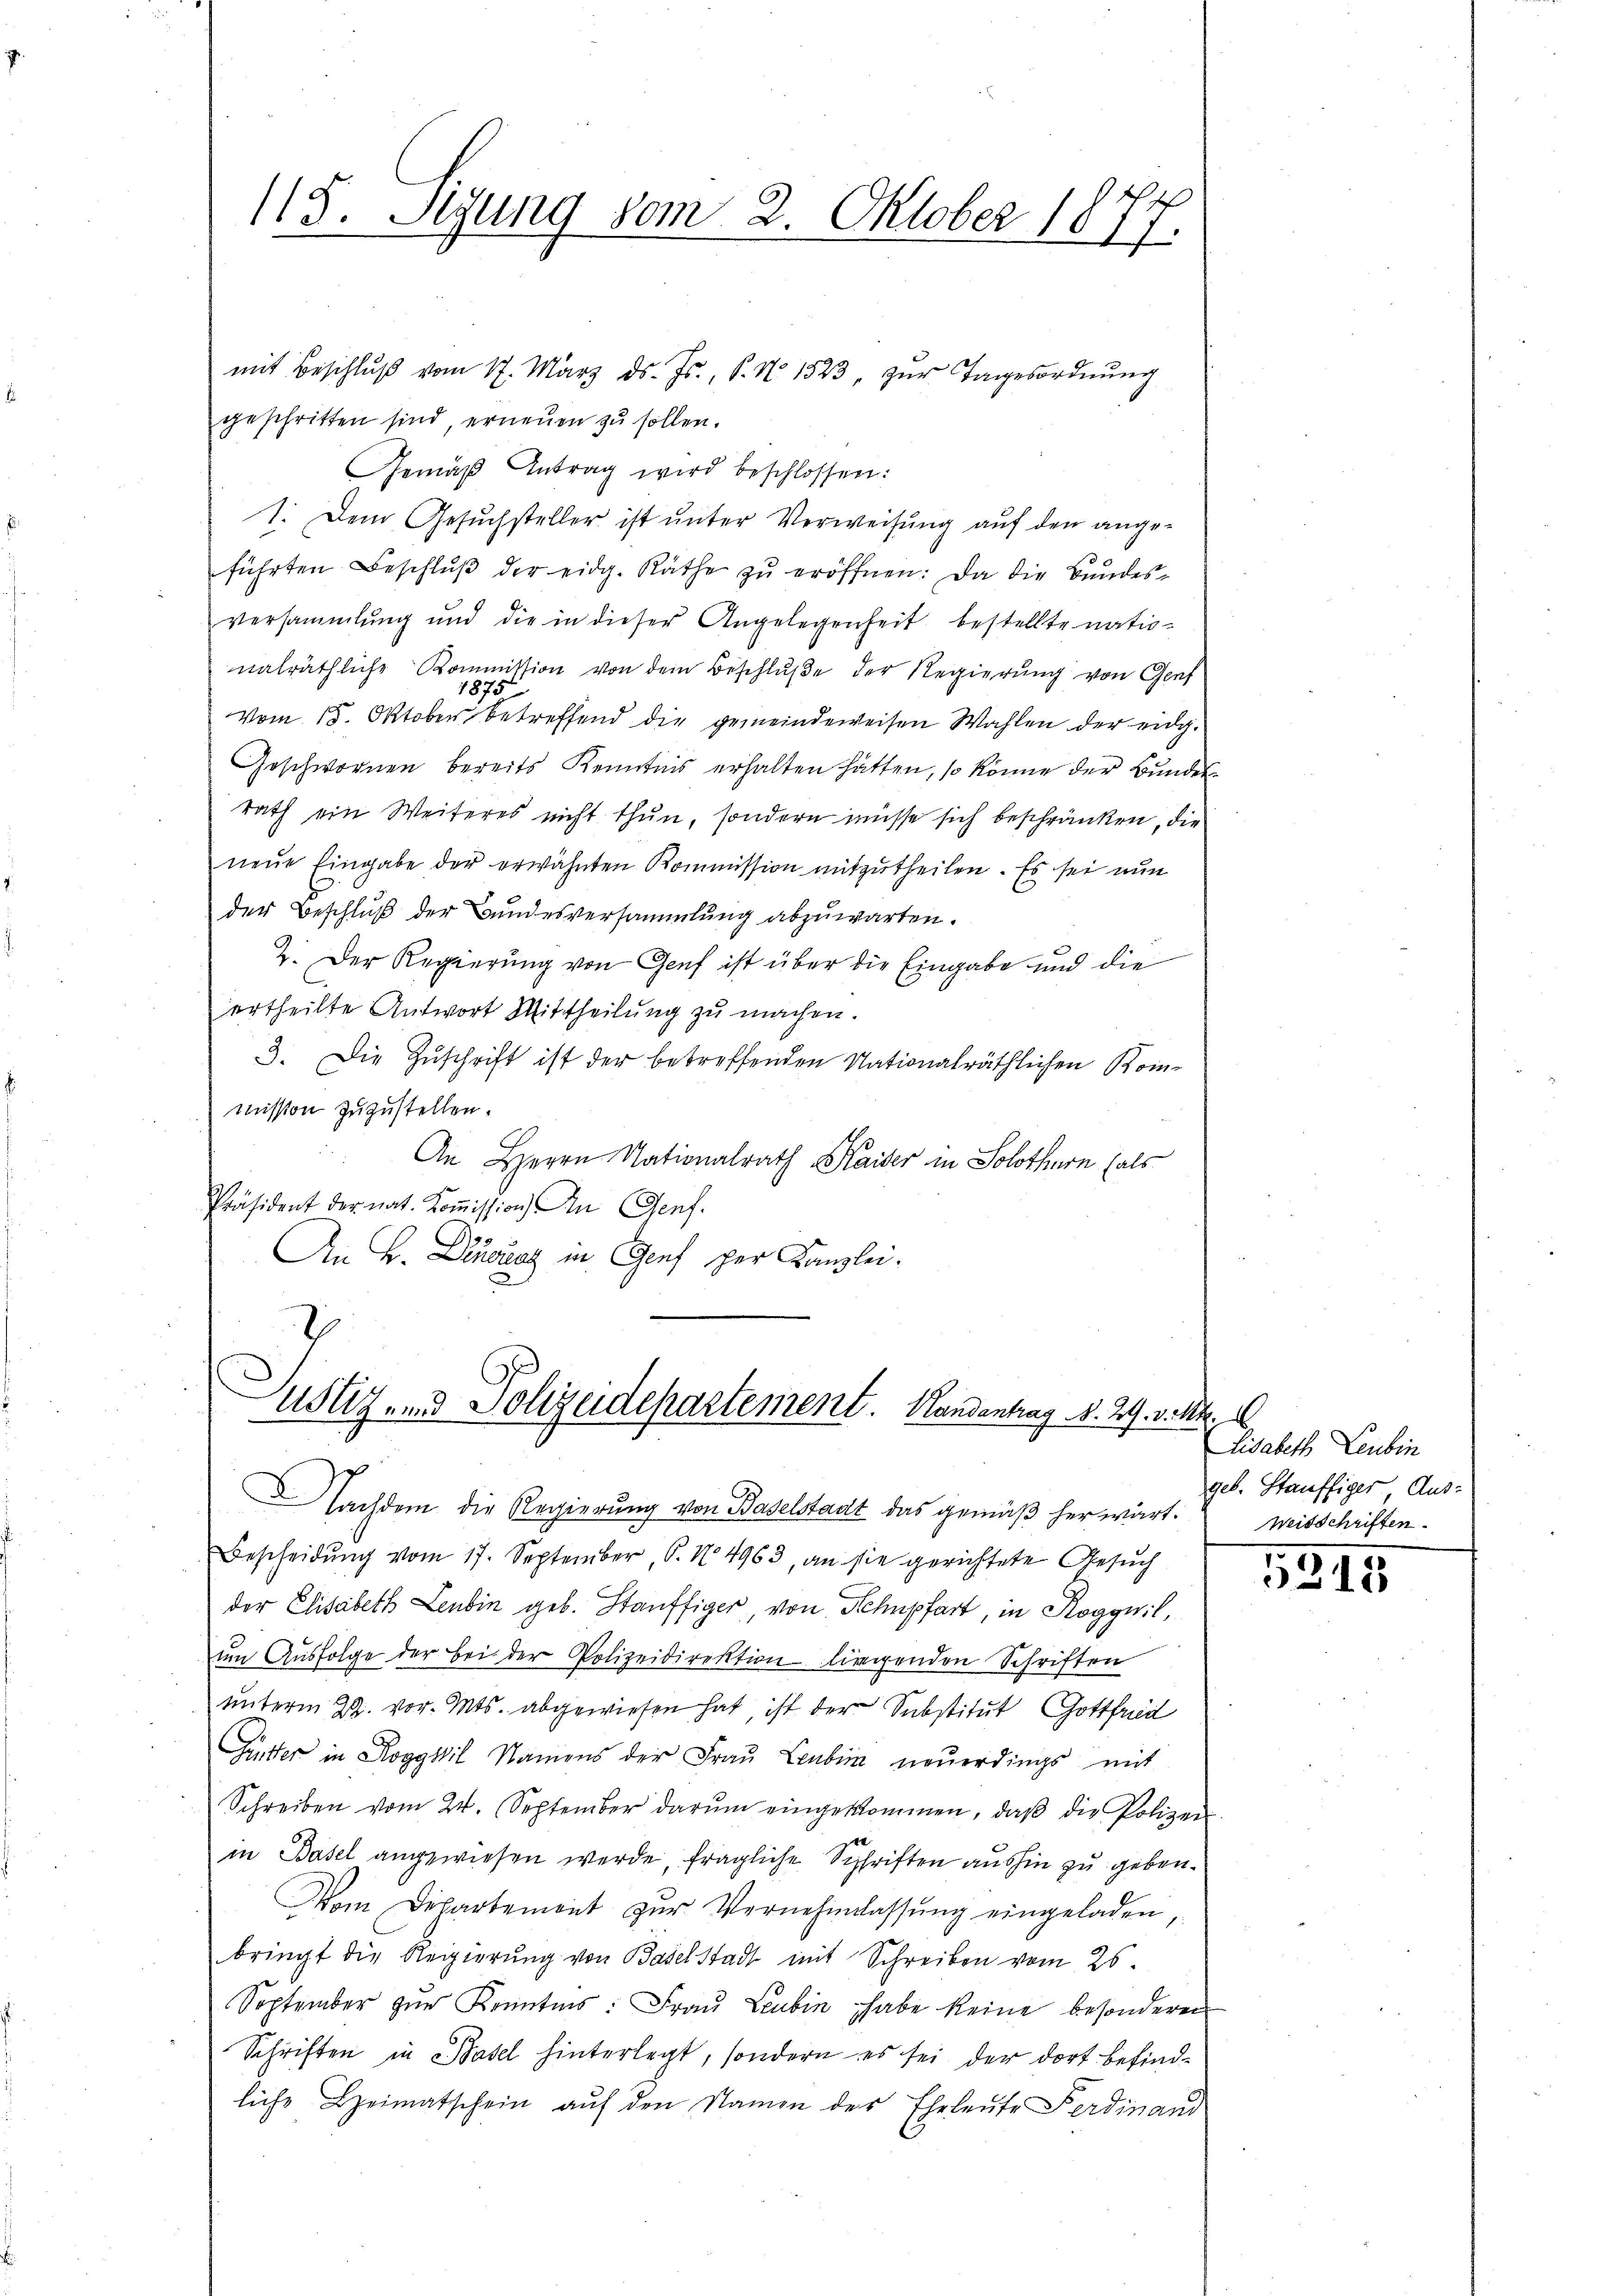
115. Sigung vom 2. Oktober 1877.

mit Beschlŭβ vom 17. März d. Js., S. No 1523, zŭr Tagesordnŭng
geschritten sind erneuen zu sollen.
Gemäβ Antrag wird beschlossen:
1. Dem Gesuchsteller ist unter Verweisung auf den angeführten Beschlŭβ der eidg. Räthe zŭ eröffnen: Da die Bundesversammlung und die in dieser Angelegenheit bestellte natio-
nalräthliche Kommission von dem Beschluße der Regierung von Genf
1875
Vom 15. Oktober betreffend die gemeindeweisen Wahlen der eidg.
Geschwornen bereits Kenntnis erhalten hatten, so könne der Bundesrath ein Weiteres nicht thun, sondern müsse sich beschränken, die
neue Eingabe der erwähnten Kommission mitzutheilen. Es sei nun
der Beschluß der Bundesversammlung abzuwarten.
2. Der Regierung von Genf ist über die Eingabe und die
ertheilte Antwort Mittheilung zu machen.
3. Die Zuschrift ist der betreffenden Nationalräthlichen Kommission zuzustellen.
An Herrn Nationalrath Kaiser in Solothurn (als
Präsident der nat. Koṁission) An Genf.
An B. Decoraz in Genf per Kanzlei.

Ustig und Polizeidepartement. Handentrag d. 29. v. M.

Bescheidŭng vom 17. September 6. No. 4963, an sie gerichtete Gesuch
der Elisabeth Leubin geb. Stauffiger von Separt, in Ro
um Ausfolge der bei der Polizeidirektion längenden Schriften
unterm 29. vor. Mts. abgewiesen hat, ist der Substitut Gottfrid
Güter in Roggl Namens der Fraŭ Leubin neŭerdings mit
Schreiben vom 24. September darŭm eingekommen, daβ die Polizei
in Basel angewiesen werde, fragliche Schriften aushin zu geben.
Vom Departement zŭr Vernehmlassŭng eingeladen,
bringt die Regierung von Baselstadt mit Schreiben vom 25.
September zŭr Kenntnis: Fraŭ Leubin habe keine besonderen
Schriften in Basel hinterlegt, sondern es sei der dort befindliche Heimatschein aŭf den Namen der Eheleute Ferdinand

Nachdem die Regierung von Baselstadt das gemäß herwärt.

Lisabeth Leubin
geb. Stauffiger Aus-
Weisschriften.

5215